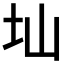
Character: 圸